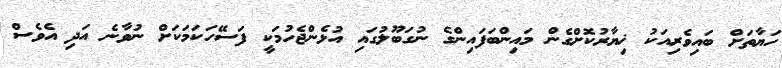
ހަޔާތަށް ބައިވެރިއަކު ޚިޔާރުކޮށްގެން މައިންބަފައިންގެ ނުގަބޫލުގައި އުޅެންޖެހުމަކީ ފަސޭހަކަމަކަށް ނުވާނެ އަދި އެވެސް